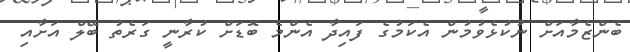
ބެންޒެމާއަށް ނުކުޅެވުމުން އެކަމުގެ ފައިދާ އެންމެ ބޮޑަށް ކުރާނީ ގަރެތު ބޭލް އަށާއި